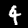
Label: 4